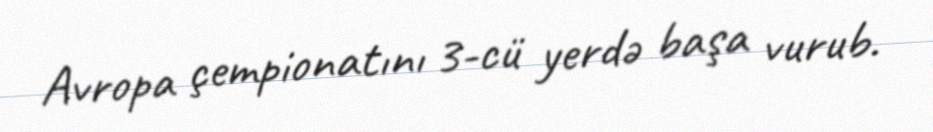
Avropa çempionatını 3-cü yerdə başa vurub.